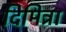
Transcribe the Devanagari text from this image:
दिमित्रा